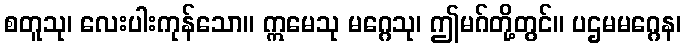
စတူသု၊ လေးပါးကုန်သော။ ဣမေသု မဂ္ဂေသု၊ ဤမဂ်တို့တွင်။ ပဌမမဂ္ဂေန၊